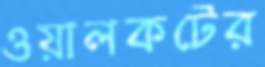
ওয়ালকটের